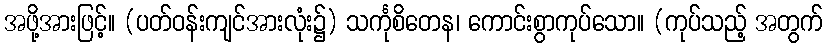
အဖို့အားဖြင့်။ (ပတ်ဝန်းကျင်အားလုံး၌) သင်္ကုစိတေန၊ ကောင်းစွာကုပ်သော။ (ကုပ်သည့် အတွက်